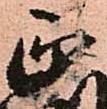
正